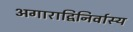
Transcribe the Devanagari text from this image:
अगाराद्विनिर्वास्य